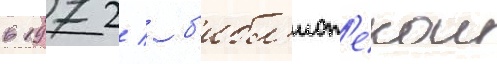
в 1972  б'ибл'иот'екои